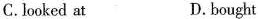
C. looked at D.bought